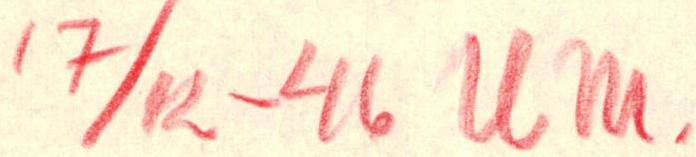
17/12-46 UM.